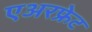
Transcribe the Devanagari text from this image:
एअरफ्रेट